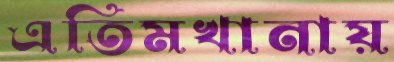
এতিমখানায়